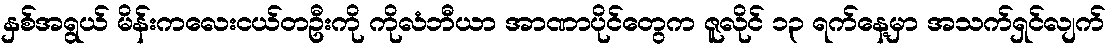
နှစ်အရွယ် မိန်းကလေးငယ်တဦးကို ကိုလံဘီယာ အာဏာပိုင်တွေက ဇူလိုင် ၁၃ ရက်နေ့မှာ အသက်ရှင်လျက်